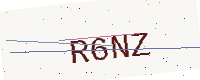
Text: R6NZ